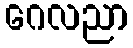
ဂေလညာ